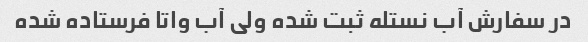
در سفارش آب نستله ثبت شده ولی آب واتا فرستاده شده